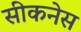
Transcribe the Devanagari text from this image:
सीकनेस